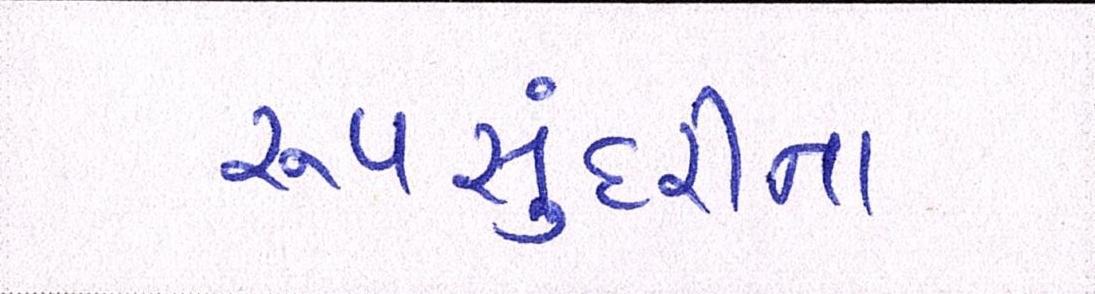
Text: રૂપસુંદરીના